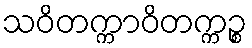
သဝိတက္ကာဝိတက္ကဉ္စ